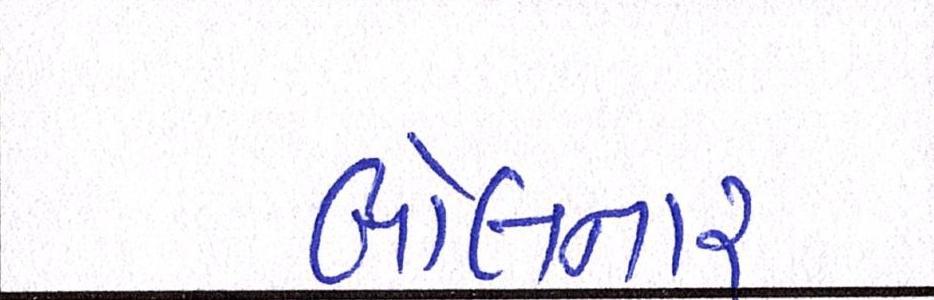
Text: બોલનાર